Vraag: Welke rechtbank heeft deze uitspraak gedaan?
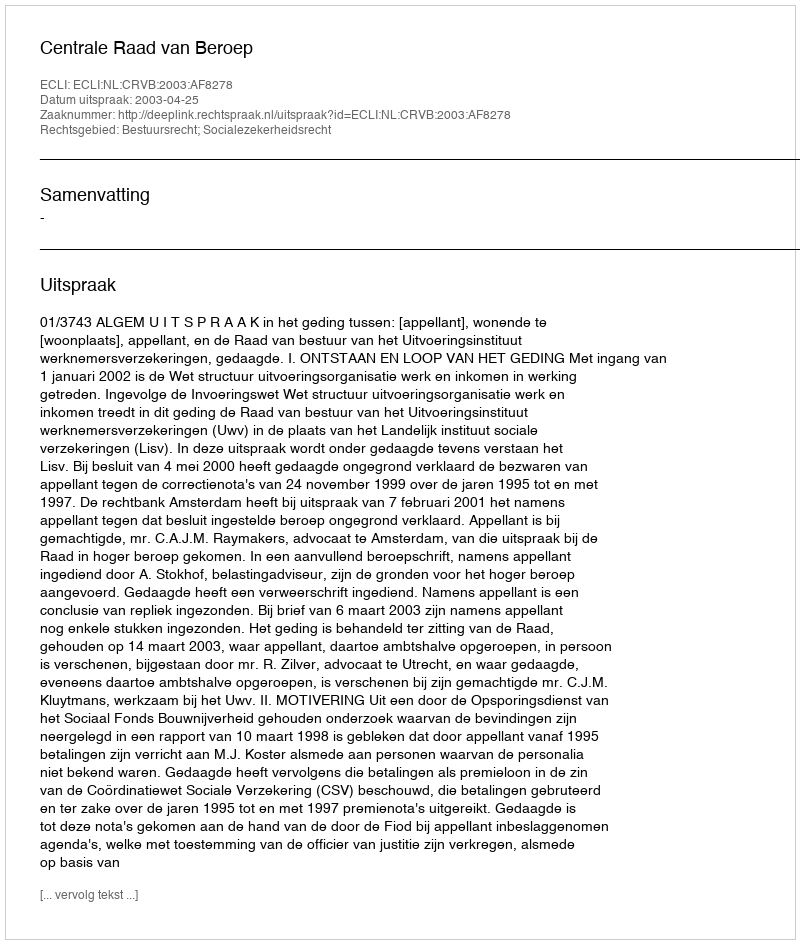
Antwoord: Centrale Raad van Beroep